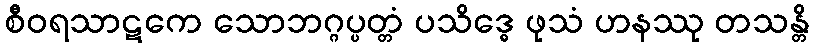
စီဝရသာဋကေ သောဘဂ္ဂပ္ပတ္တံ ပသိဒ္ဓေ ဖုသံ ဟနဿု တသန္တိ